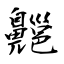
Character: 齆